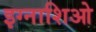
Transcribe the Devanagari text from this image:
इग्नाशिओ